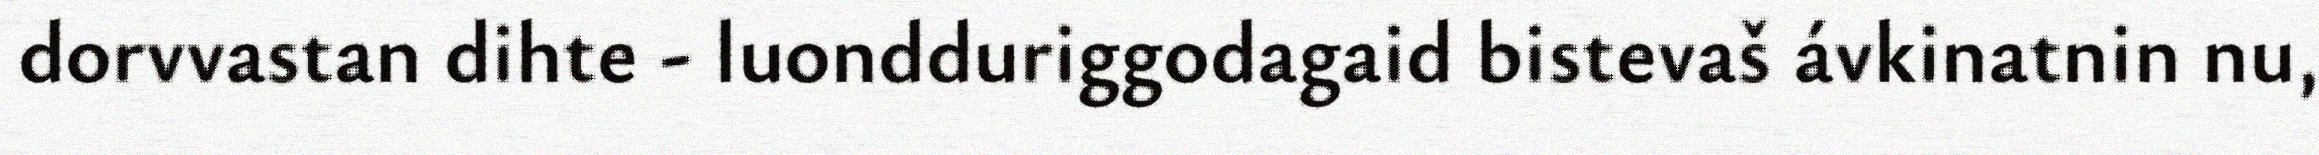
dorvvastan dihte - luondduriggodagaid bistevaš ávkinatnin nu,